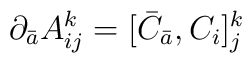
\partial_{\bar a} A_{ij}^k = [ {\bar C}_{\bar a} , C_i ]_{j}^k